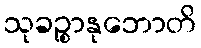
သုခဉ္စာနုဘောတိ